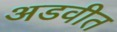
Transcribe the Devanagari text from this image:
अडवीत